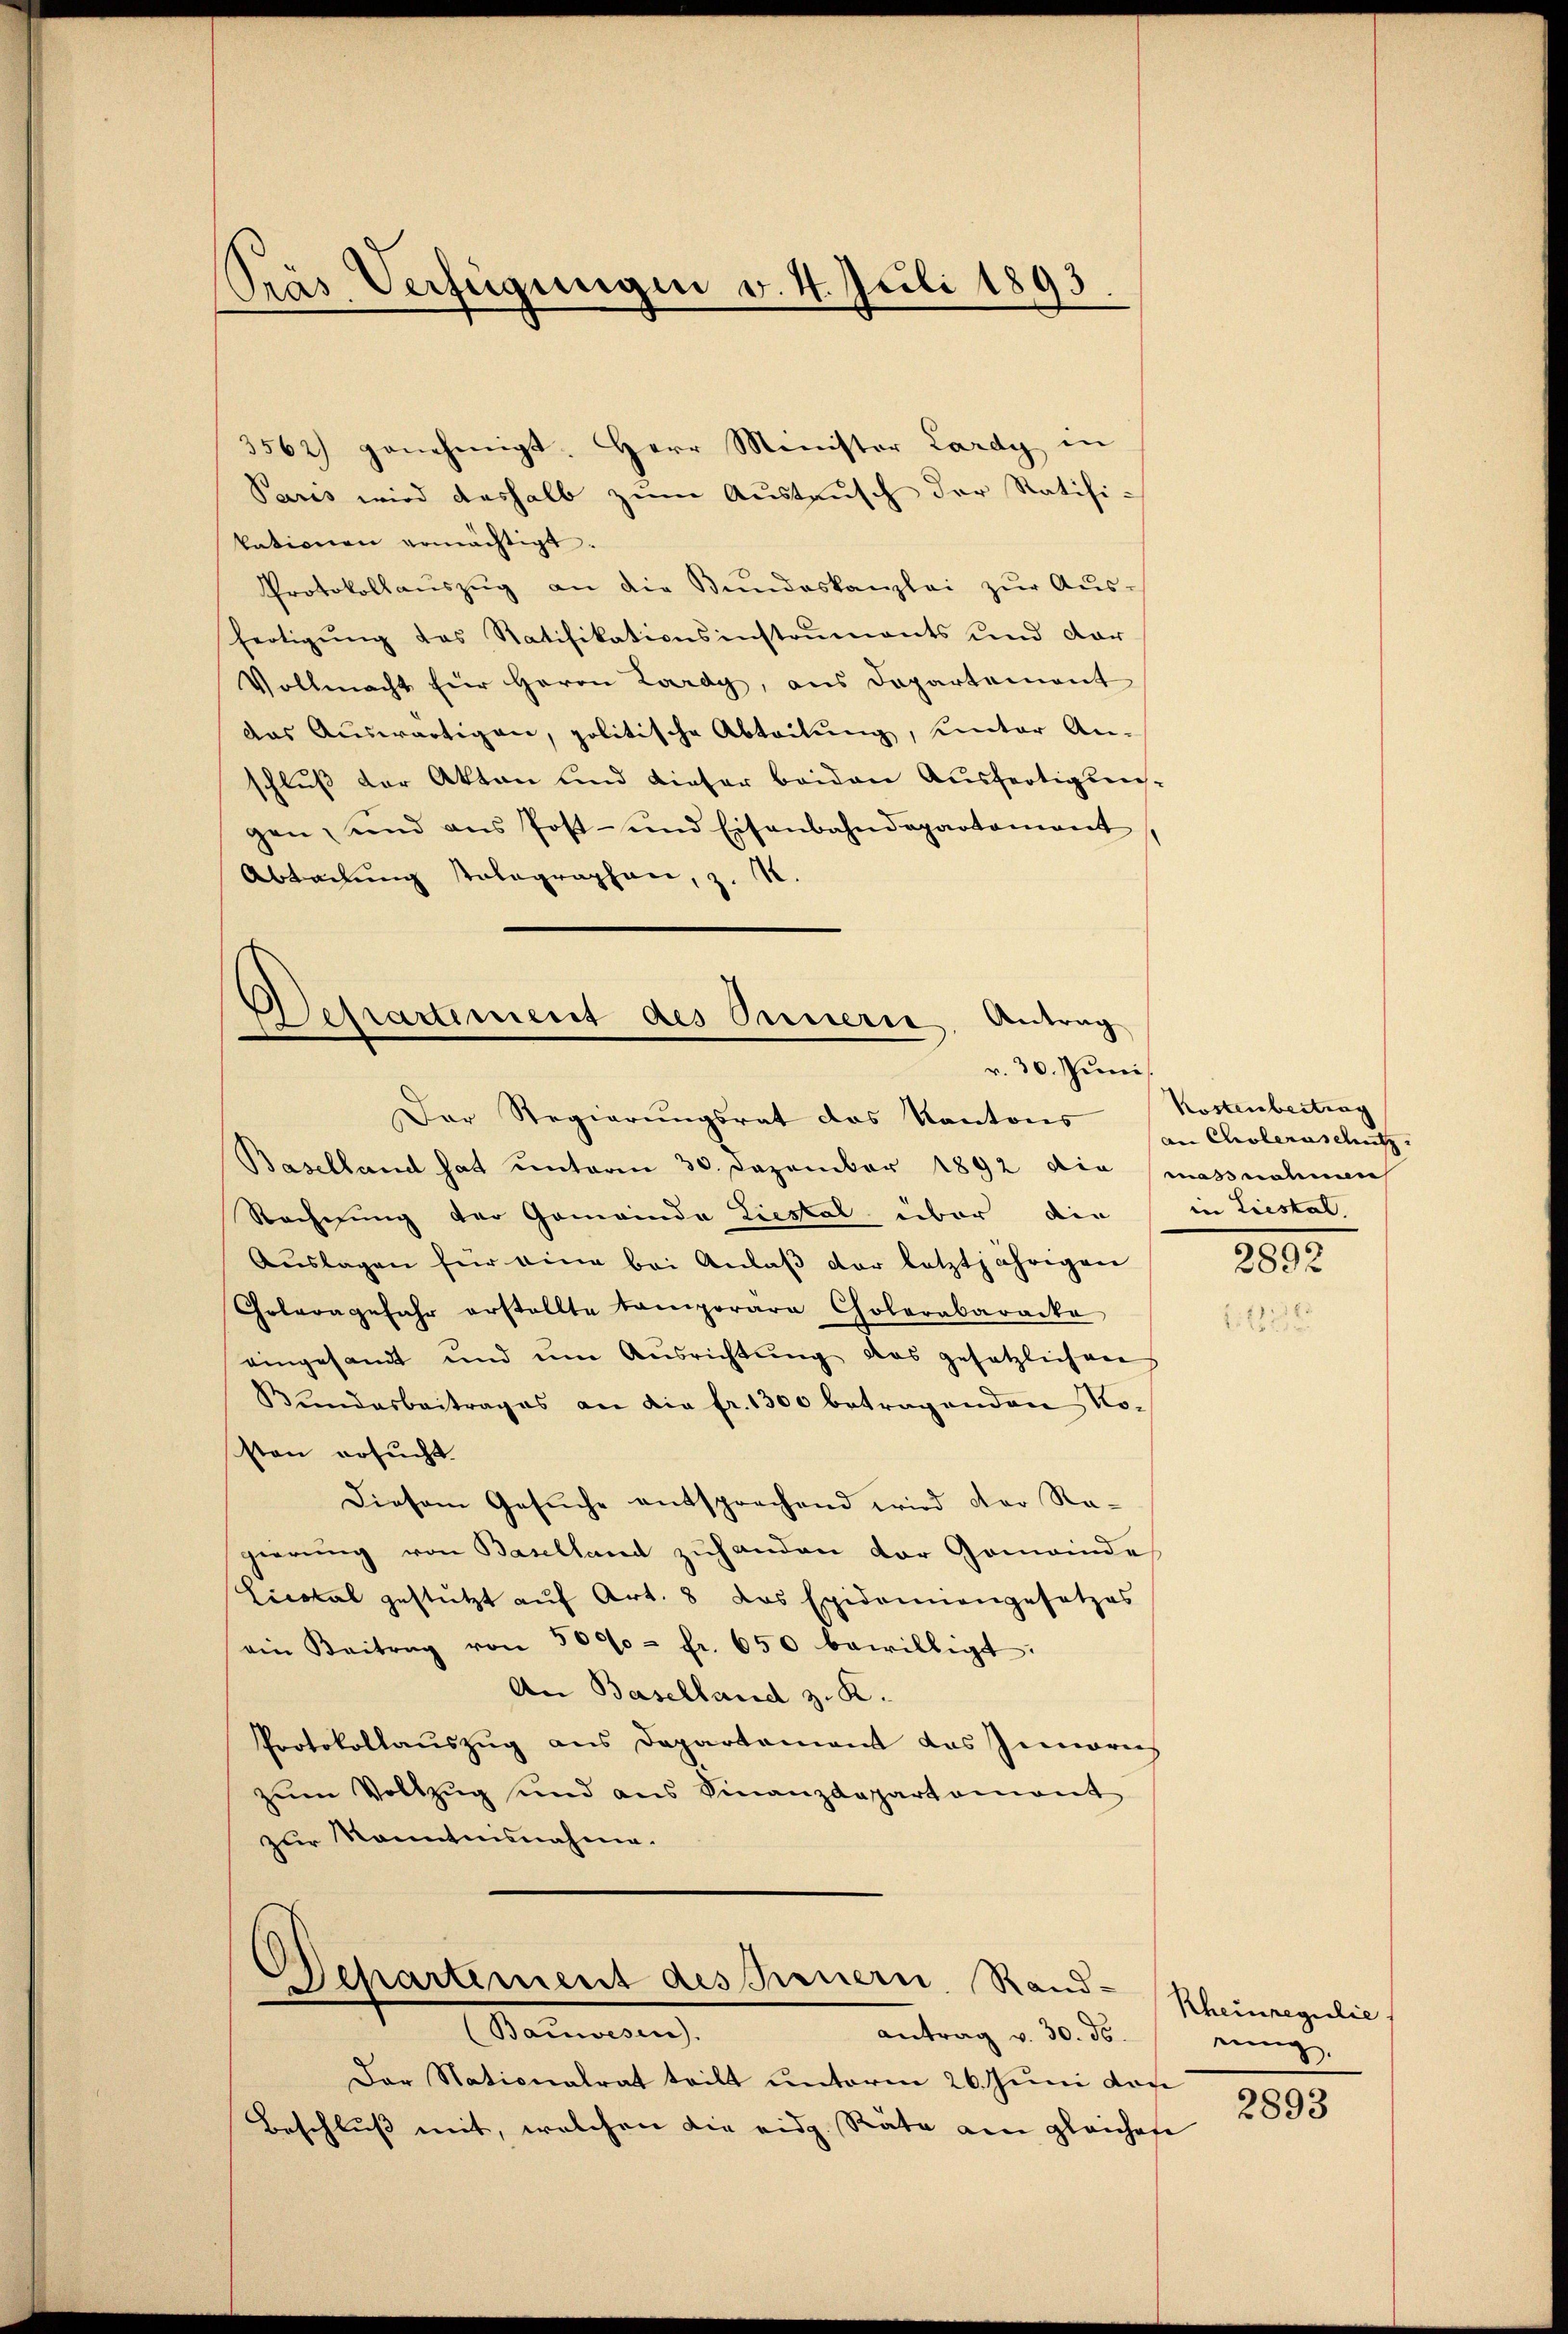
Pras Verzeigungen v. 4. Juli 1893.

3562) genehmigt. Herr Minister Lardy in
Paris wird deshalb zum Austausch der Ratifi-
tationen ermächtigt.
Protokollaŭszŭg an die Bŭndeskanzlei zŭr Aŭs-
fertigŭng des Ratifikationsinstruments und dar
Vollmacht für Herrn Lardy, aus Departement
das Auswärtigen, politische Abteilŭng, unter An-
schluß der Akten und dieser beiden Ausfertigungen, und ans Post- und Eisenbahndepartament,
Abtretung stolographen, z. R.

Departement des Innern, Antrag
r. 30. Juni
Der Regierungsrat das Kantons

Departement des Feuern. Rand-Rheinregulie
Bauwesen.

Baselland hat unterm 30. Dezember 1892 die massnahmen
Rechnung der Gemeinde Liestal über die
Aŭslagen für eine bei Anlaβ der letztjährigen
Goleragefahr erstellte temporäre Cholerabaracke
eingesandt und um Ausrichtung das gesetzlichen
Bŭndesbeitrages an die fr. 1300 betragenden Kosten ersucht.
Diesem Gesŭche entsprechend wird der Regierung von Baselland zuhanden der Gemeinde
Lical gestützt auf Art. 8 das Epidemiengesetzes
ein Beitrag von 5000 fr. 650 bewilligt:
An Baselland z. R.
Protokollauszug aus Departement das Innerich
zŭm Vollzug und ans Finanzdepartement
zur Kenntnisnahme.

Kostenbertrag
an Choleraschutz.
in Liestal.

antrag v. 30. ds.
Der Nationalrat teilt unterm 26. Juni don
Beschluß mit, welchen die eidg. Räte am gleichere

2892

einig
2893